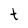
Character: t